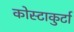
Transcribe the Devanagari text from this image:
कोस्टाकुर्टा